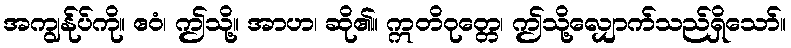
အကျွန်ုပ်ကို။ ဧဝံ၊ ဤသို့။ အာဟ၊ ဆို၏။ ဣတိဝုတ္တေ၊ ဤသို့လျှောက်သည်ရှိသော်။